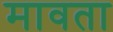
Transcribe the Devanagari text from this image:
मावता